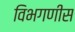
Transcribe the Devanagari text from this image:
विभगणीस